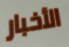
الأخبار